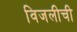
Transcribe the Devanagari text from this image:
विजलीची